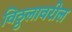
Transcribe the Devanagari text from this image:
विठ्ठलावरील